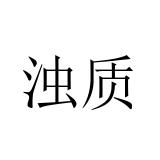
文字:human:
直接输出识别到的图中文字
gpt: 浊质